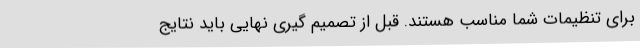
برای تنظیمات شما مناسب هستند. قبل از تصمیم گیری نهایی باید نتایج